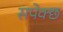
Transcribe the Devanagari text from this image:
सपेक्छ